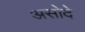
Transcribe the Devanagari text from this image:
असोदे